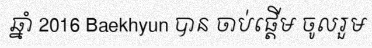
ឆ្នាំ 2016 Baekhyun បាន ចាប់ផ្តើម ចូលរួម